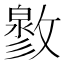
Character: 𢿬